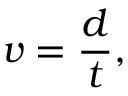
v = { \frac { d } { t } } ,